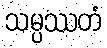
သမ္ပဿတံ